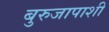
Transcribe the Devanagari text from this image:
बुरुजापाशी